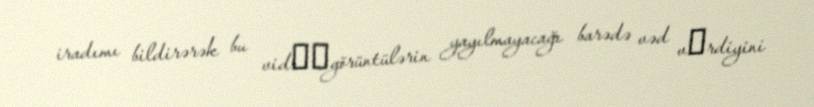
iradımı bildirərək bu vidеоgörüntülərin yayılmayacağı barədə vəd vеrdiyini